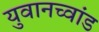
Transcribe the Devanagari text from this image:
युवानच्वांड